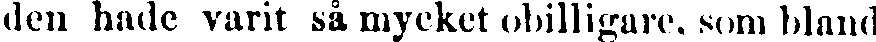
den hade varit så mycket obilligare, som bland